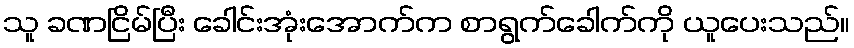
သူ ခဏငြိမ်ပြီး ခေါင်းအုံးအောက်က စာရွက်ခေါက်ကို ယူပေးသည်။